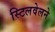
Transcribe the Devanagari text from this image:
स्टिलवेलने